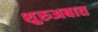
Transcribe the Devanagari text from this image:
शुरुअबात